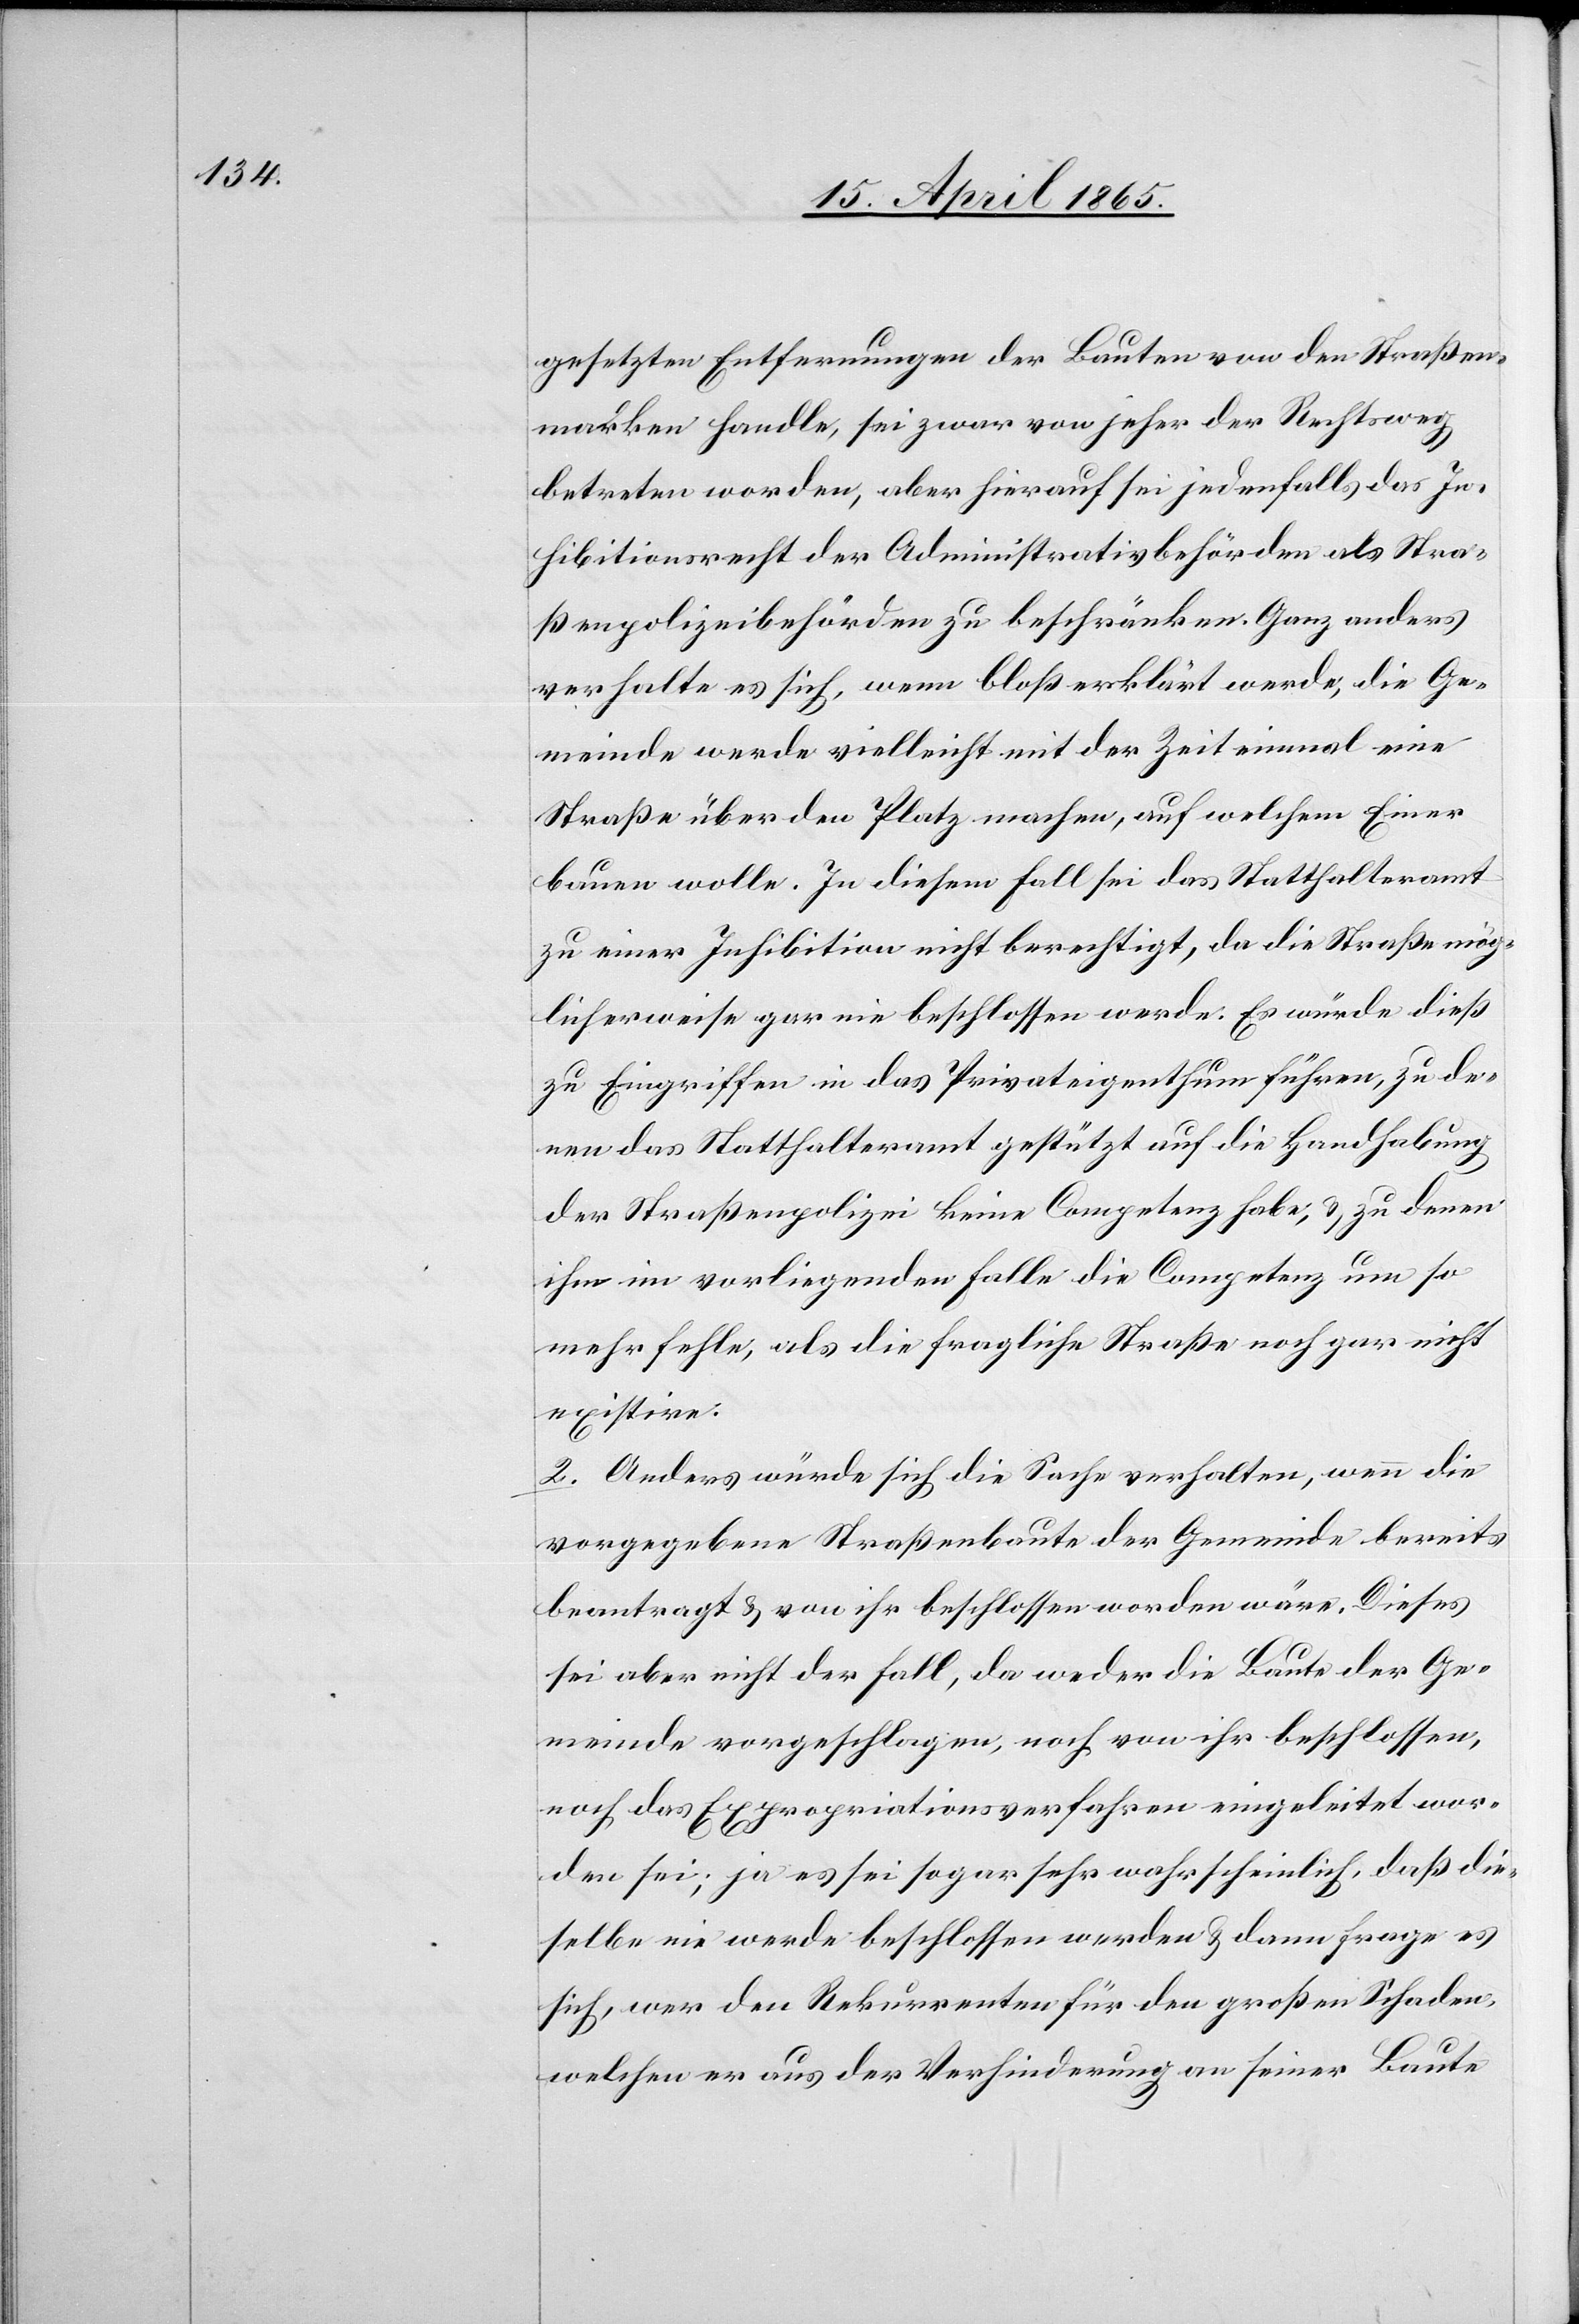
gesetzten Entfernungen der Bauten von den Straßen¬
marken handle, sei zwar von jeher der Rechtsweg
betreten worden, aber hierauf sei jedenfalls das In¬
hibitionsrecht der Administrativbehörden als Stra¬
ßenpolizeibehörden zu beschränken. Ganz anders
verhalte es sich, wenn bloß erklärt werde, die Ge¬
meinde werde vielleicht mit der Zeit einmal eine
Straße über den Platz machen, auf welchem Einer
bauen wolle. In diesem Fall sei das Statthalteramt
zu einer Inhibition nicht berechtigt, da die Straße mög¬
licherweise gar nie beschlossen werde. Es würde dieß
zu Eingriffen in das Privateigenthum führen, zu de¬
nen das Statthalteramt gestützt auf die Handhabung
der Straßenpolizei keine Competenz habe, & zu denen
ihm im vorliegenden Falle die Competenz um so
mehr fehle, als die fragliche Straße noch gar nicht
existire.
2. Anders würde sich die Sache verhalten, wenn die
vorgegebene Straßenbaute der Gemeinde bereits
beantragt & von ihr beschlossen worden wäre. Dieses
sei aber nicht der Fall, da weder die Baute der Ge¬
meinde vorgeschlagen, noch von ihr beschlossen,
noch das Expropriationsverfahren eingeleitet wor¬
den sei; ja es sei sogar sehr wahrscheinlich, daß die¬
selbe nie werde beschlossen werden & dann frage es
sich, wer den Rekurrenten für den großen Schaden,
welchen er aus der Verhinderung an seiner Baute